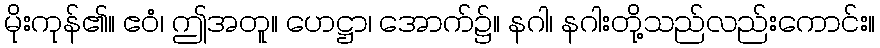
မိုးကုန်၏။ ဧဝံ၊ ဤအတူ။ ဟေဋ္ဌာ၊ အောက်၌။ နဂါ၊ နဂါးတို့သည်လည်းကောင်း။